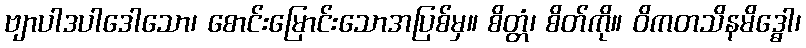
ဗျာပါဒပါဒေါသော၊ စောင်းမြောင်းသောအပြစ်မှ။ စိတ္တံ၊ စိတ်ကို။ ဝိကတသိနမိဒ္ဓေါ၊